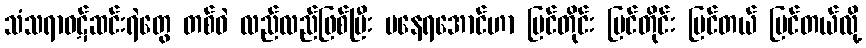
သံသရာဝဋ်ဆင်းရဲတွေ တစ်ဝဲ လည်လည်ဖြစ်ပြီး မနေရအောင်ဟာ မြင်တိုင်း မြင်တိုင်း မြင်တယ် မြင်တယ်လို့